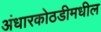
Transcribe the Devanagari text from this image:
अंधारकोठडीमधील